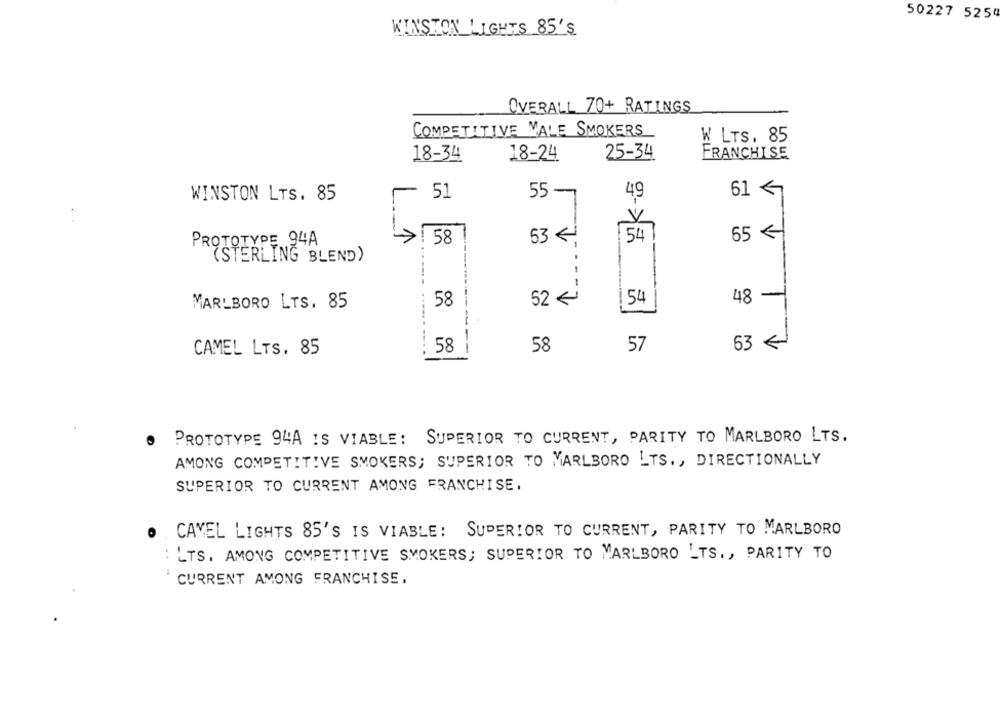
50227 525
WINSTON LIGHTS 85'S
OVERALL 70+ RATINGS
COMPETITIVE MALE SMOKERS
W LTS. 85
18-34
18-24
25-34
FRANCHISE
WINSTON LTS. 85
51
55 -
49
61 <
1
53 €
54
65 <
PROTOTYPE 94A
58
"(STERLING BLEND)
---
-
MARLBORO LTS. 85
58
52 €
154
48
--
..-----
58
58
57
63
CAMEL LTS. 85
PROTOTYPE 94A IS VIABLE: SUPERIOR TO CURRENT, PARITY TO MARLBORO LTS.
AMONG COMPETITIVE SMOKERS; SUPERIOR TO MARLBORO LTS ., DIRECTIONALLY
SUPERIOR TO CURRENT AMONG FRANCHISE.
. . CAVEL LIGHTS 85'S IS VIABLE: SUPERIOR TO CURRENT, PARITY TO MARLBORO
: LTS. AMONG COMPETITIVE SMOKERS; SUPERIOR TO MARLBORO LTS ., PARITY TO
CURRENT AMONG FRANCHISE.